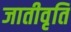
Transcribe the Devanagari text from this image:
जातीवृति